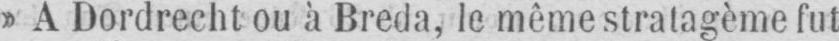
» A Dordrecht ou à Breda, le même stratagème fut